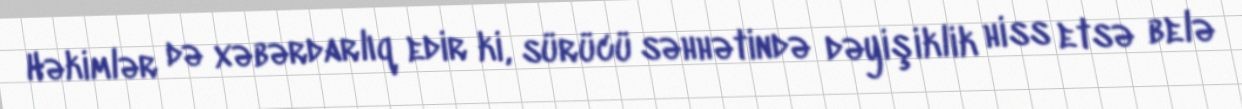
Həkimlər də xəbərdarlıq edir ki, sürücü səhhətində dəyişiklik hiss etsə belə